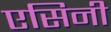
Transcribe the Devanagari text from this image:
एसिनी